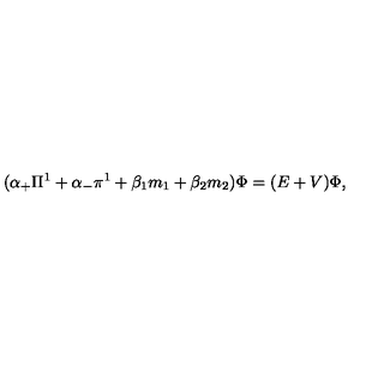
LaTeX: ( { \alpha } _ { + } { \Pi } ^ { 1 } + { \alpha } _ { - } { \pi } ^ { 1 } + { \beta } _ { 1 } m _ { 1 } + { \beta } _ { 2 } m _ { 2 } ) { \Phi } = ( E + V ) { \Phi } ,